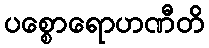
ပစ္စောရောဟဏီတိ